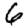
Digit: 6